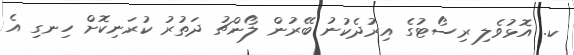
ކ. އޮޅުވެލި ރިސޯޓުގެ އިރުދެކުނު ބޭރުން ލޯންޗު ދަތުރު ކުރަނިކޮށް ހިނގި އެ